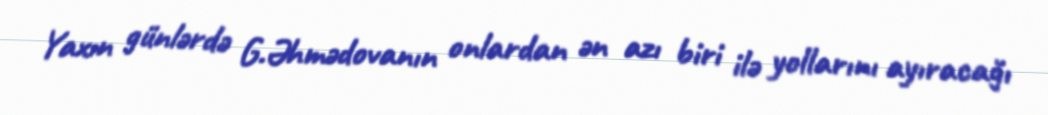
Yaxın günlərdə G.Əhmədovanın onlardan ən azı biri ilə yollarını ayıracağı